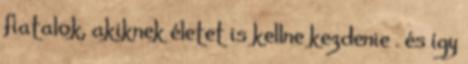
fiatalok, akiknek életet is kellne kezdenie . és így